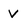
Character: V